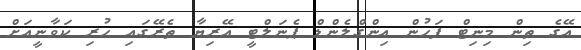
އޭގެ ތިން މިނިޓް ފަހުން އިންގްލެންޑް ޕެނަލްޓީ އޭރިޔާ ތެރޭގައި ހުރި ކަވާނީއަށް